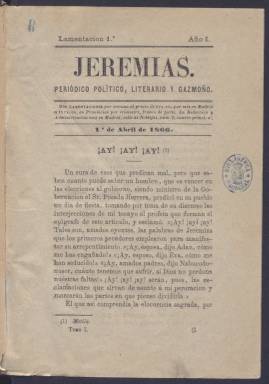
Título: Jeremías (Madrid)
Colección: Periódicos || Revistas satíricas y humorísticas
Ámbito geográfico: Madrid
Lugar de publicación: Madrid
Fechas: 01/04/1866-05/08/1869